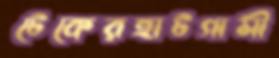
টেকেরহাটগামী